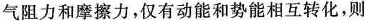
气阻力和摩擦力，仅有动能和势能相互转化，则